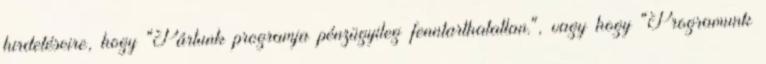
hirdetéseire, hogy "Pártunk programja pénzügyileg fenntarthatatlan.", vagy hogy "Programunk